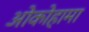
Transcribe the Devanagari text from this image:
ओकोहामा